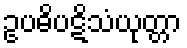
ဥပဓိပဋိသံယုတ္တာ